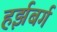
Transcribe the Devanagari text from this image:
हर्झबर्ग